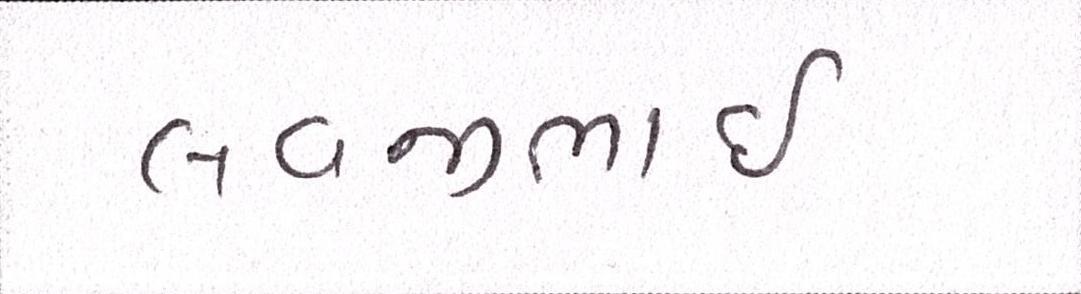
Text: લવજીભાઇ